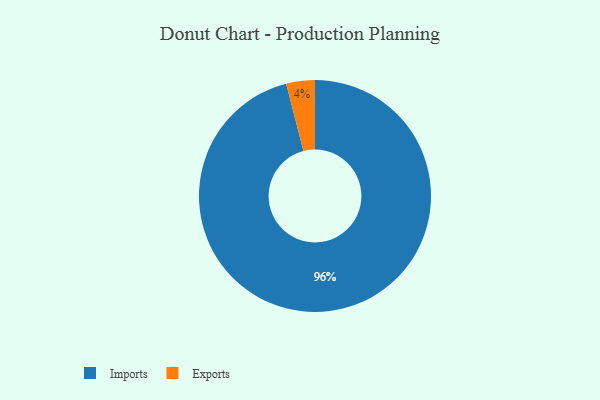
{"axis": {"x": "Category", "y": "Percentage"}, "legend": ["Exports", "Imports"], "data": [{"x": "Exports", "y": 4, "type": "Exports"}, {"x": "Imports", "y": 96, "type": "Imports"}]}